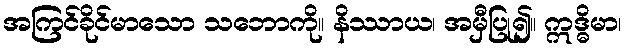
အကြင်ခိုင်မာသော သဘောကို။ နိဿာယ၊ အမှီပြု၍။ ဣဒ္ဓိမာ၊